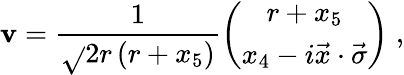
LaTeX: \mathbf{v}=\frac{{1}}{{\sqrt{}{{2r\left(r+x_{5}\right)}}}}\left(\begin{array}{c}{{r+x_{5}}}\\ {{x_{4}-i\vec{x}\cdot\vec{\sigma}}}\end{array}\right)\; ,